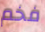
فخم